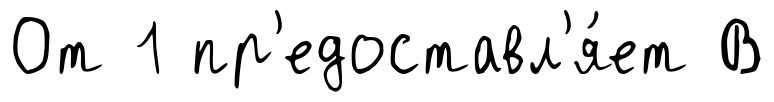
От 1 пр'едоставл'я́ет В